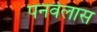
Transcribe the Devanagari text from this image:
पनवेलास